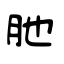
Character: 肔